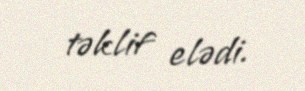
təklif elədi.